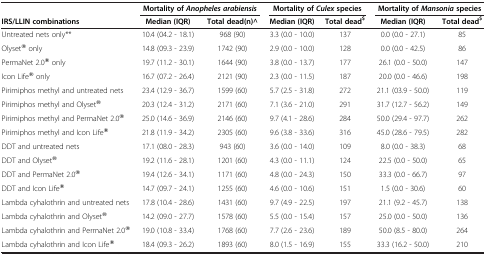
<table><thead><tr><td><b> </b></td><td colspan="2"><b>Mortality of <i>Anopheles arabiensis</i></b></td><td colspan="2"><b>Mortality of <i>Culex </i>species</b></td><td colspan="2"><b>Mortality of <i>Mansonia </i>species</b></td></tr><tr><td><b>IRS/LLIN combinations</b></td><td><b>Median (IQR)</b></td><td><b>Total dead(n)^</b></td><td><b>Median (IQR)</b></td><td><b>Total dead<sup>$</sup></b></td><td><b>Median (IQR)</b></td><td><b>Total dead<sup>$</sup></b></td></tr></thead><tbody><tr><td>Untreated nets only**</td><td>10.4 (04.2 - 18.1)</td><td>968 (90)</td><td>3.3 (0.0 - 10.0)</td><td>137</td><td>0.0 (0.0 - 27.1)</td><td>85</td></tr><tr><td>Olyset® only</td><td>14.8 (09.3 - 23.9)</td><td>1742 (90)</td><td>2.9 (0.0 - 10.0)</td><td>128</td><td>0.0 (0.0 - 42.5)</td><td>86</td></tr><tr><td>PermaNet 2.0® only</td><td>19.7 (11.2 - 30.1)</td><td>1644 (90)</td><td>3.8 (0.0 - 13.7)</td><td>177</td><td>26.1 (0.0 - 50.0)</td><td>147</td></tr><tr><td>Icon Life® only</td><td>16.7 (07.2 - 26.4)</td><td>2121 (90)</td><td>2.3 (0.0 - 11.5)</td><td>187</td><td>20.0 (0.0 - 46.6)</td><td>198</td></tr><tr><td>Pirimiphos methyl and untreated nets</td><td>23.4 (12.9 - 36.7)</td><td>1599 (60)</td><td>5.7 (2.5 - 31.8)</td><td>272</td><td>21.1 (03.9 - 50.0)</td><td>119</td></tr><tr><td>Pirimiphos methyl and Olyset®</td><td>20.3 (12.4 - 31.2)</td><td>2171 (60)</td><td>7.1 (3.6 - 21.0)</td><td>291</td><td>31.7 (12.7 - 56.2)</td><td>149</td></tr><tr><td>Pirimiphos methyl and PermaNet 2.0®</td><td>25.0 (14.6 - 36.9)</td><td>2146 (60)</td><td>9.7 (4.1 - 28.6)</td><td>284</td><td>50.0 (29.4 - 97.7)</td><td>262</td></tr><tr><td>Pirimiphos methyl and Icon Life®</td><td>21.8 (11.9 - 34.2)</td><td>2305 (60)</td><td>9.6 (3.8 - 33.6)</td><td>316</td><td>45.0 (28.6 - 79.5)</td><td>282</td></tr><tr><td>DDT and untreated nets</td><td>17.1 (08.0 - 28.3)</td><td>943 (60)</td><td>3.6 (0.0 - 14.0)</td><td>109</td><td>8.0 (0.0 - 38.3)</td><td>68</td></tr><tr><td>DDT and Olyset®</td><td>19.2 (11.6 - 28.1)</td><td>1201 (60)</td><td>4.3 (0.0 - 11.1)</td><td>124</td><td>22.5 (0.0 - 50.0)</td><td>65</td></tr><tr><td>DDT and PermaNet 2.0®</td><td>19.4 (12.6 - 34.1)</td><td>1171 (60)</td><td>4.8 (0.0 - 24.3)</td><td>150</td><td>33.3 (0.0 - 66.7)</td><td>97</td></tr><tr><td>DDT and Icon Life®</td><td>14.7 (09.7 - 24.1)</td><td>1255 (60)</td><td>4.6 (0.0 - 10.6)</td><td>151</td><td>1.5 (0.0 - 30.6)</td><td>60</td></tr><tr><td>Lambda cyhalothrin and untreated nets</td><td>17.8 (10.4 - 28.6)</td><td>1431 (60)</td><td>9.7 (4.9 - 22.5)</td><td>197</td><td>21.1 (9.2 - 45.7)</td><td>138</td></tr><tr><td>Lambda cyhalothrin and Olyset®</td><td>14.2 (09.0 - 27.7)</td><td>1578 (60)</td><td>5.5 (0.0 - 15.4)</td><td>157</td><td>25.0 (0.0 - 50.0)</td><td>136</td></tr><tr><td>Lambda cyhalothrin and PermaNet 2.0®</td><td>19.0 (10.8 - 33.4)</td><td>1768 (60)</td><td>7.7 (2.6 - 23.6)</td><td>189</td><td>50.0 (8.5 - 80.0)</td><td>264</td></tr><tr><td>Lambda cyhalothrin and Icon Life®</td><td>18.4 (09.3 - 26.2)</td><td>1893 (60)</td><td>8.0 (1.5 - 16.9)</td><td>155</td><td>33.3 (16.2 - 50.0)</td><td>210</td></tr></tbody></table>